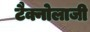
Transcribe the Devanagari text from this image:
टैक्नोलाजी